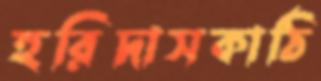
হরিদাসকাঠি